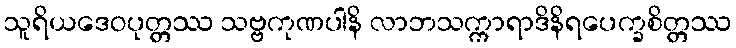
သူရိယဒေဝပုတ္တဿ သဗ္ဗကုဏပါနိ လာဘသက္ကာရာဒိနိရပေက္ခစိတ္တဿ